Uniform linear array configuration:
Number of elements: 8
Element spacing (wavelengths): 0.75
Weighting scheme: blackman
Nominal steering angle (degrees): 60
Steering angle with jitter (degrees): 60.418
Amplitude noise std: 0.05
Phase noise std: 0.05

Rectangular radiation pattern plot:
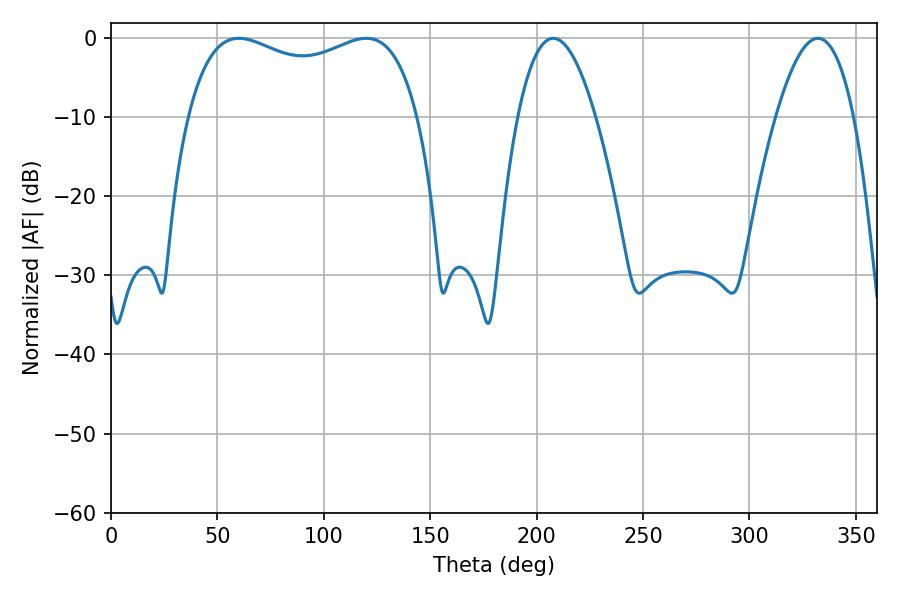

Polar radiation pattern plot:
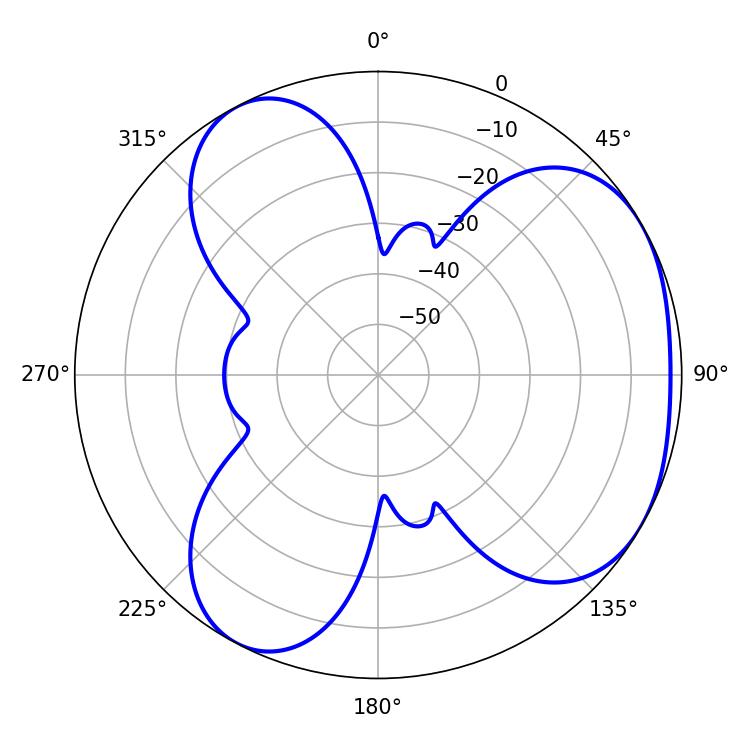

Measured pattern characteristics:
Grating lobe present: TRUE
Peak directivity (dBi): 3.904
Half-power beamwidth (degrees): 89.28
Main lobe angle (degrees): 60.12